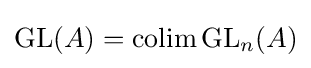
\operatorname {GL} (A)={\text{colim}}\operatorname {GL} _{n}(A)